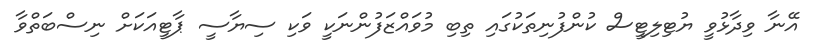
އޭނާ ވިދާޅުވީ ޔުޓިލިޓީސް ކުންފުނިތަކުގައި ތިބި މުވައްޒަފުންނަކީ ވަކި ސިޔާސީ ޕާޓީއަކަށް ނިސްބަތްވާ